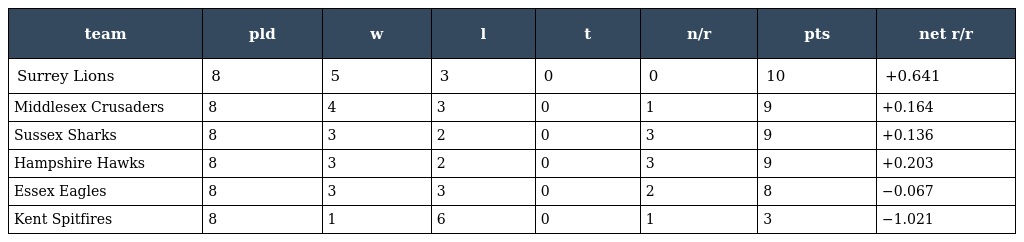
| team | pld | w | l | t | n/r | pts | net r/r |
 | --- | --- | --- | --- | --- | --- | --- | --- |
 | Surrey Lions | 8 | 5 | 3 | 0 | 0 | 10 | +0.641 |
 | Middlesex Crusaders | 8 | 4 | 3 | 0 | 1 | 9 | +0.164 |
 | Sussex Sharks | 8 | 3 | 2 | 0 | 3 | 9 | +0.136 |
 | Hampshire Hawks | 8 | 3 | 2 | 0 | 3 | 9 | +0.203 |
 | Essex Eagles | 8 | 3 | 3 | 0 | 2 | 8 | −0.067 |
 | Kent Spitfires | 8 | 1 | 6 | 0 | 1 | 3 | −1.021 |